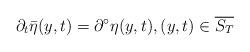
LaTeX: \begin{align*} \partial_t\bar{\eta}(y,t) = \partial^\circ\eta(y,t), (y,t)\in\overline{S_T}\end{align*}